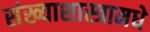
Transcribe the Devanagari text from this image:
संख्याशास्त्रामधे